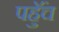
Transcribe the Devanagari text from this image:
पहुॅंच